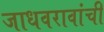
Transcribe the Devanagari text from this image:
जाधवरावांची